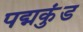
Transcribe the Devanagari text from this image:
पद्मकुंड